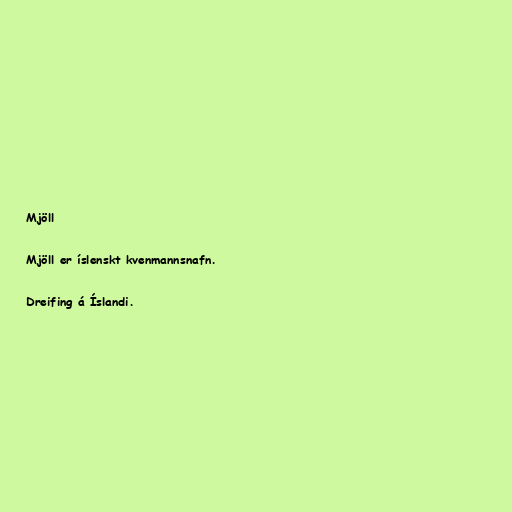
Mjöll

Mjöll er íslenskt kvenmannsnafn.

Dreifing á Íslandi.